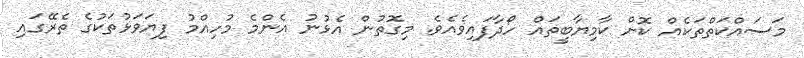
މަސައްކަތްތަކެއް ކޮށް ކާމިޔާބީތައް ހޯދާފައިވެއެވެ. މިގޮތުން އެޅުނު އެންމެ މުހިއްމު ފިޔަވަޅުތަކުގެ ތެރޭގައި